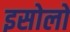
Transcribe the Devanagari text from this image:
इसोलो